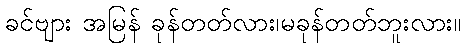
ခင်ဗျား အမြန် ခုန်တတ်လား၊မခုန်တတ်ဘူးလား။